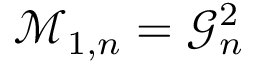
\mathcal { M } _ { { 1 } , n } = \mathcal { G } _ { n } ^ { 2 }